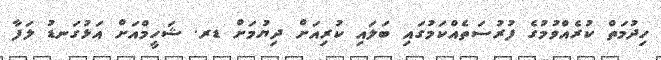
ހިދުމަތް ކުރެއްވުމުގެ ފުރުސަތެއްކަމުގައި ބަލައި ކުރިއަށް ދިޔުމަށް ޑރ. ޝަހީމްއަށް އަޅުގަނޑު ލަފާ